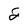
Character: 2